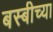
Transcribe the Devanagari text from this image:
बस्बीच्या